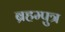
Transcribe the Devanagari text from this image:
ब्रहम्पुत्र